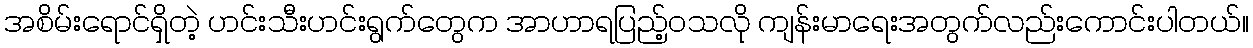
အစိမ်းရောင်ရှိတဲ့ ဟင်းသီးဟင်းရွက်တွေက အာဟာရပြည့်ဝသလို ကျန်းမာရေးအတွက်လည်းကောင်းပါတယ်။